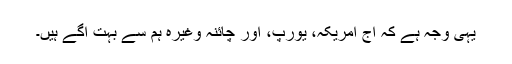
یہی وجہ ہے کہ آج امریکہ، یورپ، اور چائنہ وغیرہ ہم سے بہت آگے ہیں۔